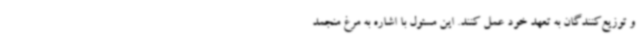
و توزیع‌کنندگان به تعهد خود عمل کنند. این مسئول با اشاره به مرغ منجمد